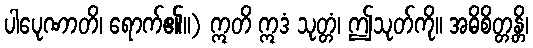
ပါပေုဏာတိ၊ ရောက်၏။) ဣတိ ဣဒံ သုတ္တံ၊ ဤသုတ်ကို။ အဓိစိတ္တန္တိ၊